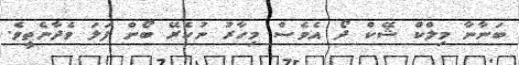
ބަނާނާ މިލްކް ޝޭކް ދޯ އެވެސް މިހާރު ނުކެރޭ ބޯން ފަލަ ވެދާނެތީވެ.